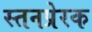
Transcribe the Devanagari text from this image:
स्तनप्रेरक